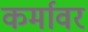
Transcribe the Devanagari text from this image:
कर्मावर